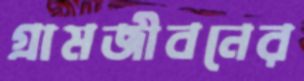
গ্রামজীবনের